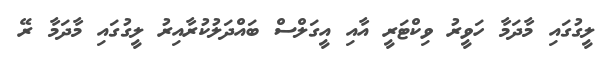
ލީގުގައި މާދަމާ ހަވީރު ވިކްޓަރީ އާއި އީގަލްސް ބައްދަލުކުރާއިރު ލީގުގައި މާދަމާ ރޭ